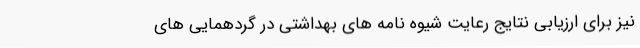
نیز برای ارزیابی نتایج رعایت شیوه نامه های بهداشتی در گردهمایی های